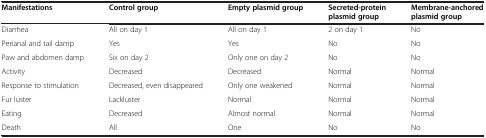
<table><thead><tr><td><b>Manifestations</b></td><td><b>Control group</b></td><td><b>Empty plasmid group</b></td><td><b>Secreted-protein plasmid group</b></td><td><b>Membrane-anchored plasmid group</b></td></tr></thead><tbody><tr><td>Diarrhea</td><td>All on day 1</td><td>All on day 1</td><td>2 on day 1</td><td>No</td></tr><tr><td>Perianal and tail damp</td><td>Yes</td><td>Yes</td><td>No</td><td>No</td></tr><tr><td>Paw and abdomen damp</td><td>Six on day 2</td><td>Only one on day 2</td><td>No</td><td>No</td></tr><tr><td>Activity</td><td>Decreased</td><td>Decreased</td><td>Normal</td><td>Normal</td></tr><tr><td>Response to stimulation</td><td>Decreased, even disappeared</td><td>Only one weakened</td><td>Normal</td><td>Normal</td></tr><tr><td>Fur luster</td><td>Lackluster</td><td>Normal</td><td>Normal</td><td>Normal</td></tr><tr><td>Eating</td><td>Decreased</td><td>Almost normal</td><td>Normal</td><td>Normal</td></tr><tr><td>Death</td><td>All</td><td>One</td><td>No</td><td>No</td></tr></tbody></table>